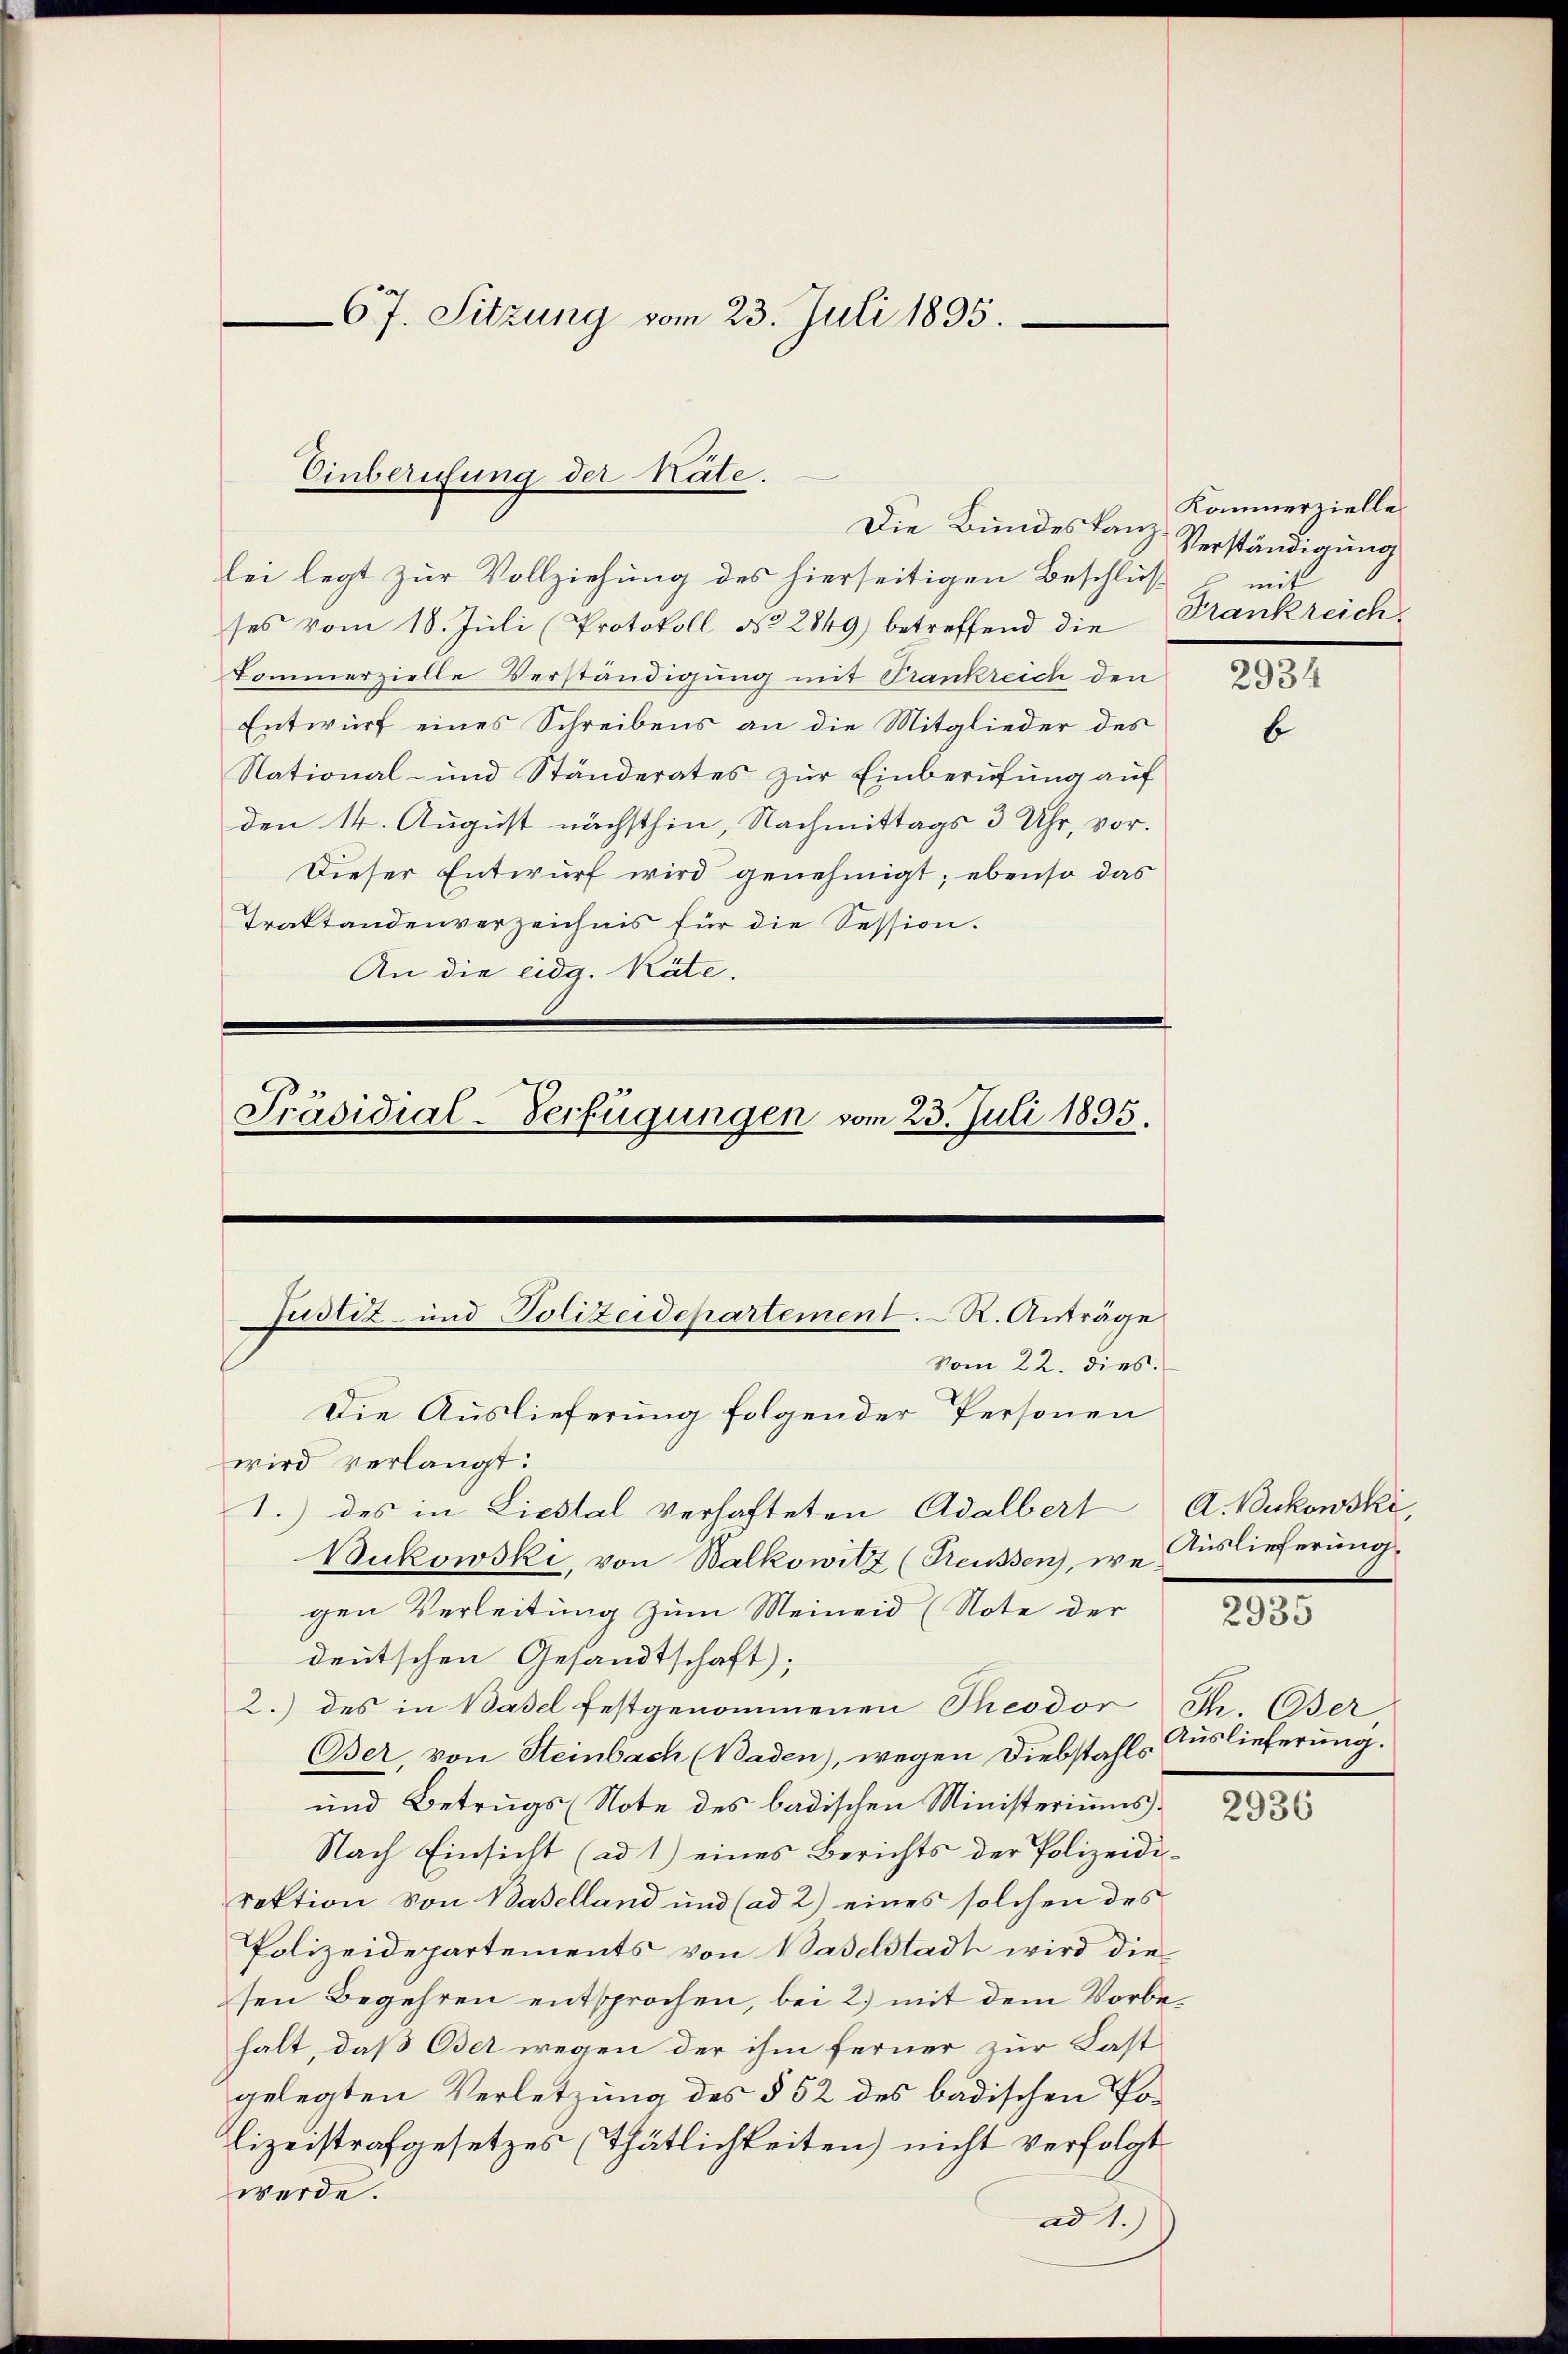
lei legt zur Vollziehung des hierseitigen Beschlusses vom 18. Juli (Protokoll No 2849) betreffend die
kommerzielle Verständigung mit Frankreich den 23
Entwurf eines Schreibens an die Mitglieder des
National- und Ständerates zur Einberufung auf
den 14. August nächsthin, Nachmittags 3 Uhr, vor.
Dieser Entwurf wird genehmigt; ebenso das
Traktandenverzeichnis für die Session.
An die eidg. Kate.

67. Sitzung vom 23. Juli 1895.

Einberufung der Kate.
Die Bundeskanz¬

Präsidial-Verfügungen vom 23. Juli 1895.
Justiz- und Polizeidepartement. R. Anträge
vom 22. dies
Die Auslieferung folgender Personen
wird verlangt.

1.) des in Liestal verhafteten Adalbert A. Bukowski,
Bukowski, von Walkowitz (Preussen), wo Auslieferung.
gen Verleitung zum Meineid (Note der
deutschen Gesandtschaft);
2.) des in Basel festgenommenen Theodor Ih Oser
Oser, von Steinbach (Baden), wegen Diebstahls Auslieferung.
und Betrugs (Note des badischen Ministeriums¬
Nach Einsicht (ad 1) eines Berichts der Polizeidirektion von Baselland und (ad 2) eines solchen des
Polizeidepartements von Baselstadt wird die
sen Begehren entsprochen, bei 2) mit dem Vorbehalt, daß Oser wegen der ihm ferner zur Last
gelegten Verletzung des § 52 des badischen Po¬
Eizeistrafgesetzes (Thätlichkeiten) nicht verfolgt
werde.
ad 1.)

Kommerzielle.
Verständigung
mit
Frankreich.

b

2935

2936